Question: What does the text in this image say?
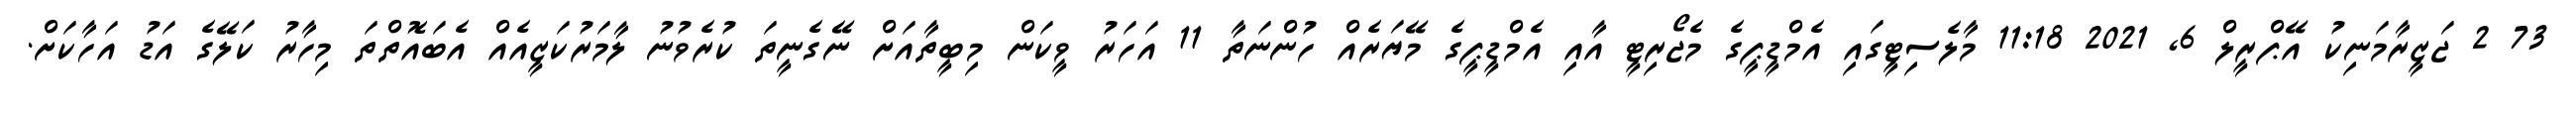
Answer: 73 2 ޖަޒީރާމަނިކު އޭޕްރީލް 6, 2021 11:18 މާލެސިޓީގައި އެމްޑީޕީގެ މެޖޯރިޓީ އާއި އެމްޑީޕީގެ މޭޔަރެއް ހުންނަތާ 11 އަހަރު ވީކަން މިބީތާއަށް ނޭގެނީތަ ކުރެވުނު ލާމަރުކަޒީއެއް އެބައޮތްތަ މިހާރު ކަލޭގެ އަޑު އަހާކަށް.